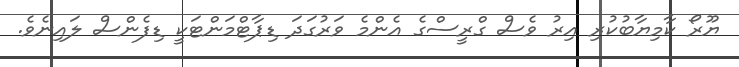
ޔޫރޯ ކާމިޔާބުކުރި އިރު ވެސް ގްރީސްގެ އެންމެ ވަރުގަދަ ޑިޕާޓްމަންޓަކީ ޑިފެންސް ލައިނެވެ.